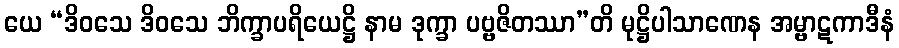
ယေ “ဒိဝသေ ဒိဝသေ ဘိက္ခာပရိယေဋ္ဌိ နာမ ဒုက္ခာ ပဗ္ဗဇိတဿာ”တိ မုဋ္ဌိပါသာဏေန အမ္ဗာဋကာဒီနံ